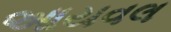
આયવલ